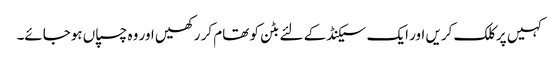
کہیں پر کلک کریں اور ایک سیکنڈ کے لئے بٹن کو تھام کر رکھیں اور وہ چسپاں ہوجائے۔